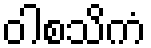
ဝါစသိကံ